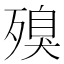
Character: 殠